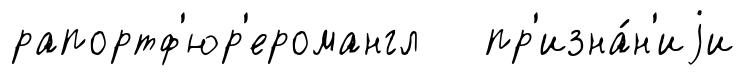
рапортф'юр'еромангл пр'изна́н'иjи